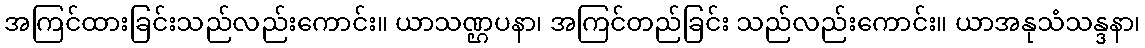
အကြင်ထားခြင်းသည်လည်းကောင်း။ ယာသဏ္ဌပနာ၊ အကြင်တည်ခြင်း သည်လည်းကောင်း။ ယာအနုသံသန္ဒနာ၊